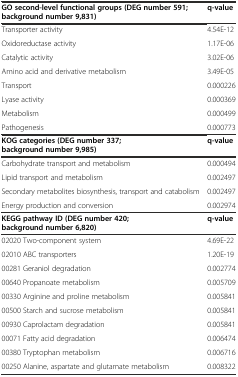
<table><thead><tr><td><b>GO second-level functional groups (DEG number 591; background number 9,831)</b></td><td><b>q-value</b></td></tr></thead><tbody><tr><td>Transporter activity</td><td>4.54E-12</td></tr><tr><td>Oxidoreductase activity</td><td>1.17E-06</td></tr><tr><td>Catalytic activity</td><td>3.02E-06</td></tr><tr><td>Amino acid and derivative metabolism</td><td>3.49E-05</td></tr><tr><td>Transport</td><td>0.000226</td></tr><tr><td>Lyase activity</td><td>0.000369</td></tr><tr><td>Metabolism</td><td>0.000499</td></tr><tr><td>Pathogenesis</td><td>0.000773</td></tr><tr><td><b>KOG categories (DEG number 337; background number 9,985)</b></td><td><b>q-value</b></td></tr><tr><td>Carbohydrate transport and metabolism</td><td>0.000494</td></tr><tr><td>Lipid transport and metabolism</td><td>0.002497</td></tr><tr><td>Secondary metabolites biosynthesis, transport and catabolism</td><td>0.002497</td></tr><tr><td>Energy production and conversion</td><td>0.002974</td></tr><tr><td><b>KEGG pathway ID (DEG number 420; background number 6,820)</b></td><td><b>q-value</b></td></tr><tr><td>02020 Two-component system</td><td>4.69E-22</td></tr><tr><td>02010 ABC transporters</td><td>1.20E-19</td></tr><tr><td>00281 Geraniol degradation</td><td>0.002774</td></tr><tr><td>00640 Propanoate metabolism</td><td>0.005709</td></tr><tr><td>00330 Arginine and proline metabolism</td><td>0.005841</td></tr><tr><td>00500 Starch and sucrose metabolism</td><td>0.005841</td></tr><tr><td>00930 Caprolactam degradation</td><td>0.005841</td></tr><tr><td>00071 Fatty acid degradation</td><td>0.006474</td></tr><tr><td>00380 Tryptophan metabolism</td><td>0.006716</td></tr><tr><td>00250 Alanine, aspartate and glutamate metabolism</td><td>0.008322</td></tr></tbody></table>